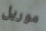
موريل